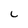
Character: c